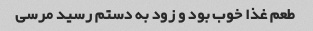
طعم غذا خوب بود و زود به دستم رسید مرسی